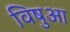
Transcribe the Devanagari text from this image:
विषुआ